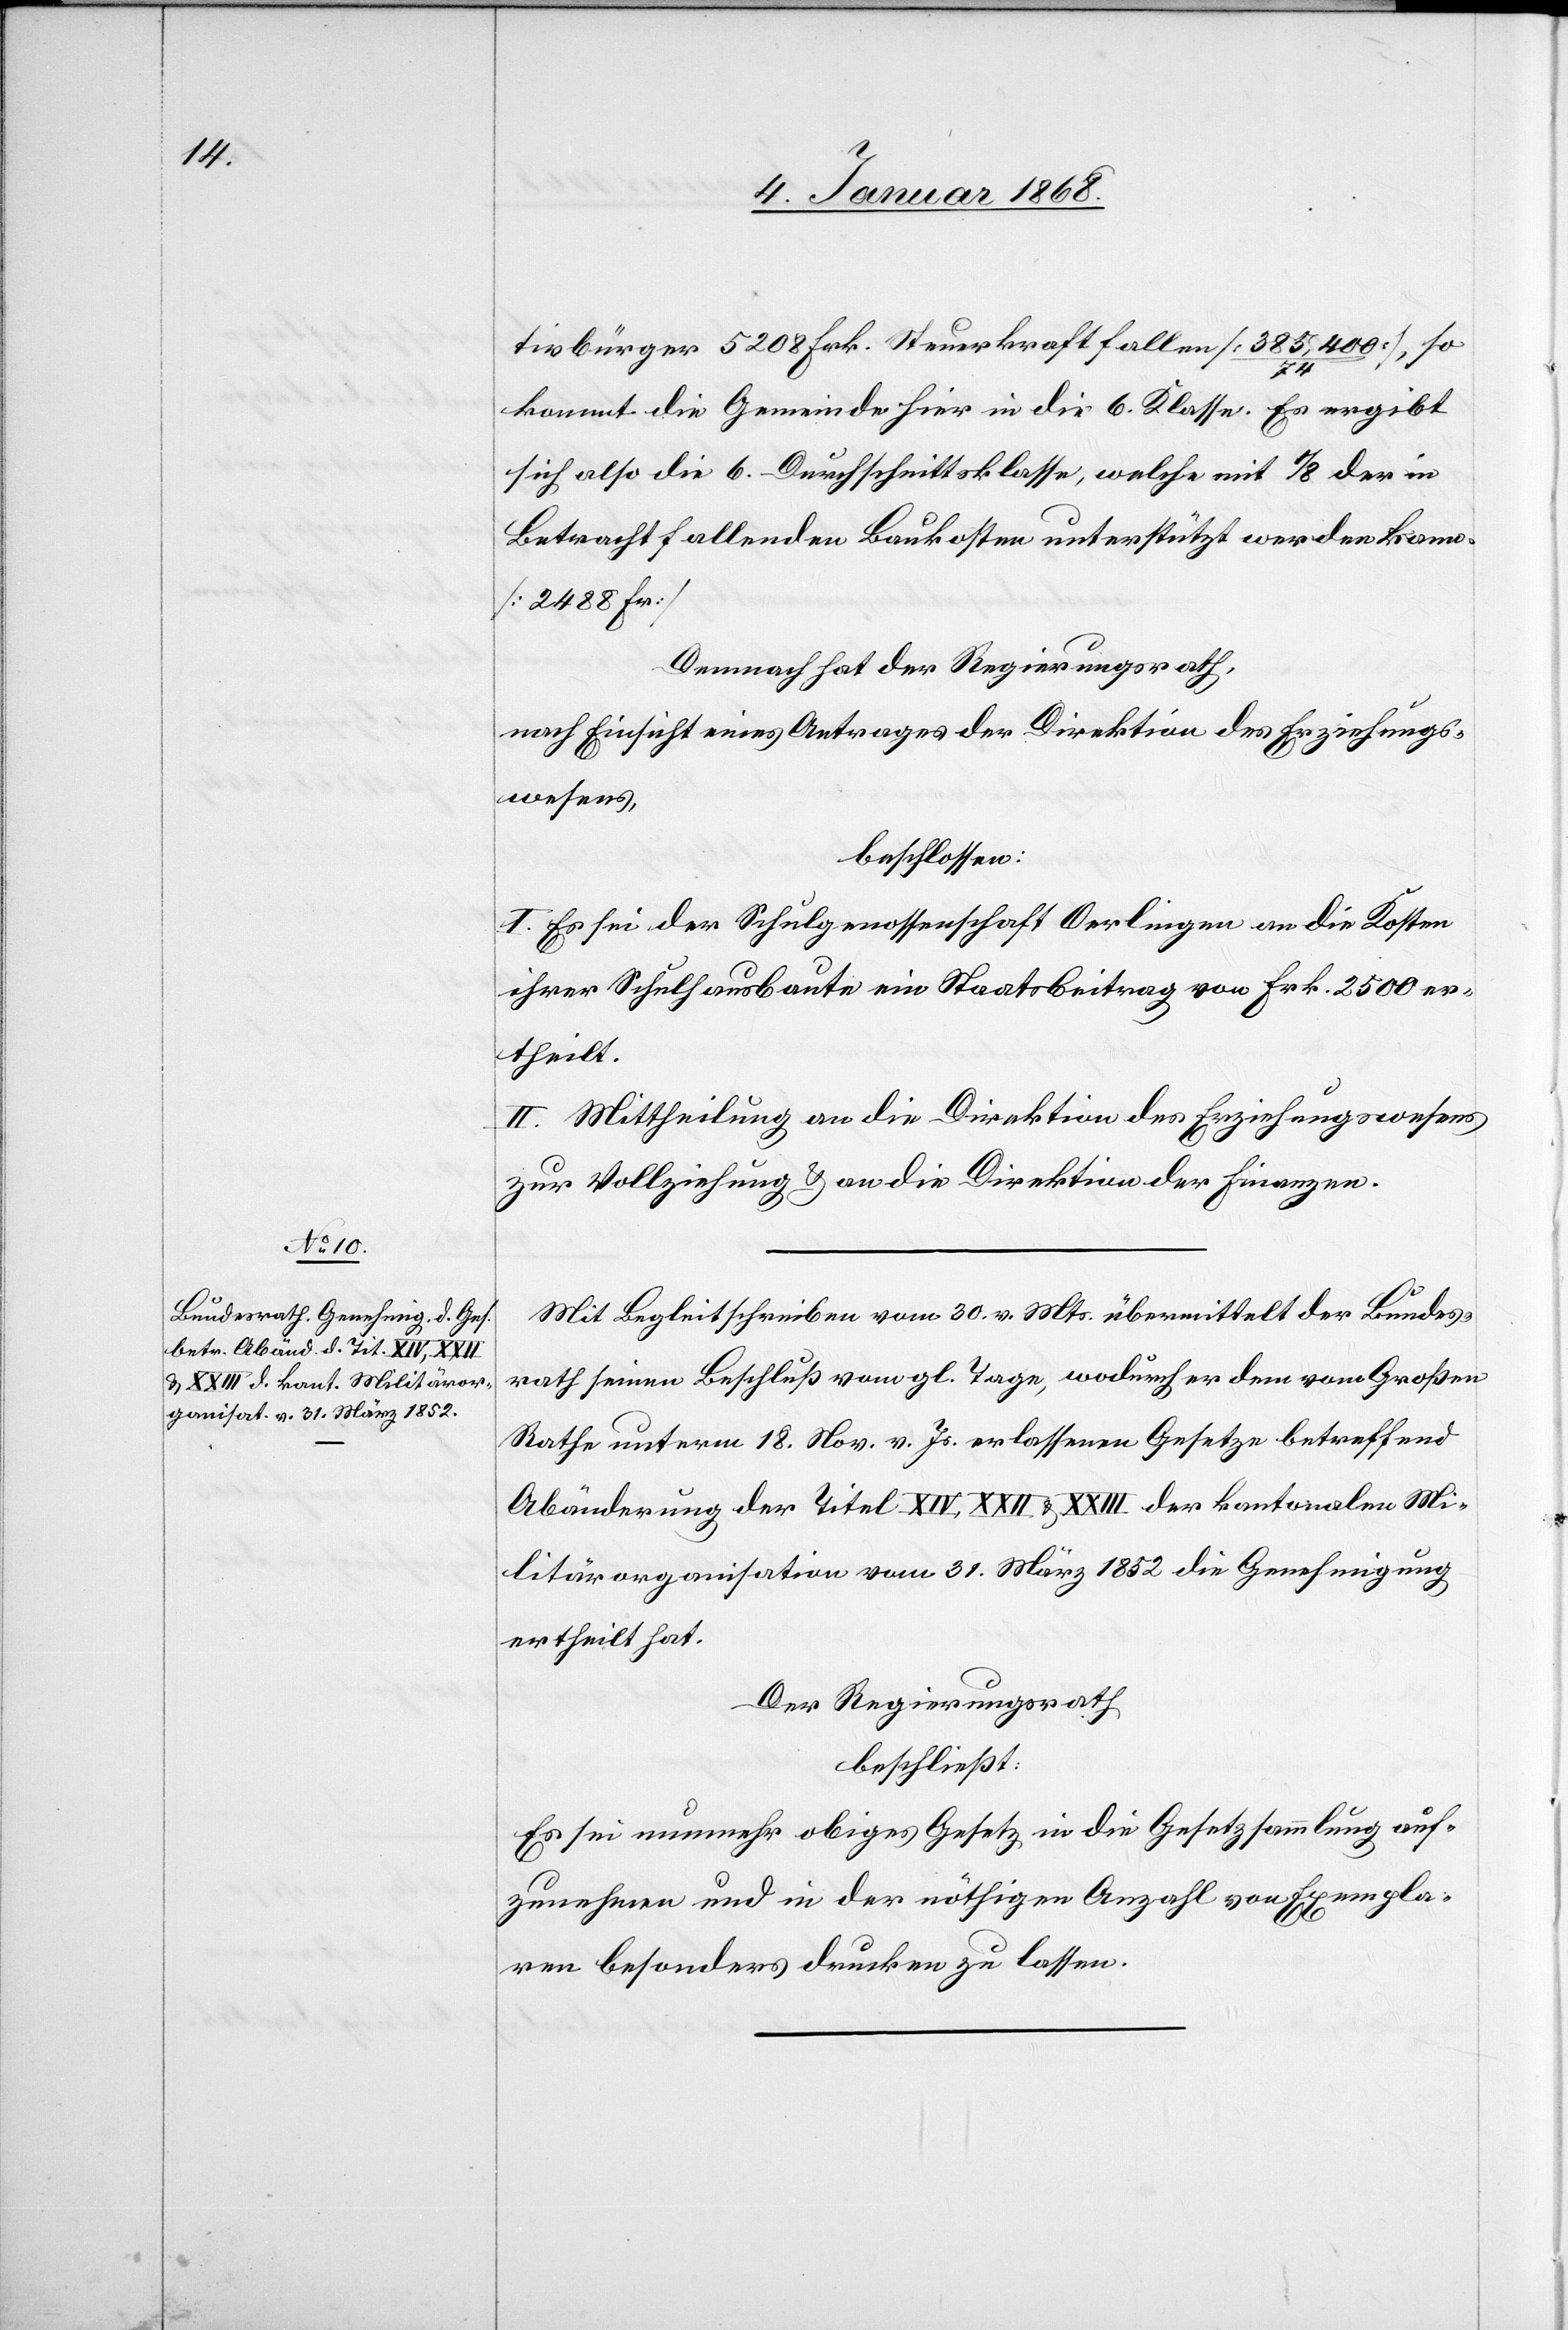
tivbürger 5208 Frk. Steuerkraft fallen [385,400 /
so
kommt die Gemeinde hier in die 6. Klasse. Es ergibt
sich also die 6. Durchschnittsklasse, welche mit 1/8 der in
Betracht fallenden Baukosten unterstützt werden kann.
[2488 Fr]
Demnach hat der Regierungsrath,
nach Einsicht eines Antrages der Direktion des Erziehungs¬
wesens,
beschlossen:
I. Es sei der Schulgenossenschaft Oerlingen an die Kosten
ihrer Schulhausbaute ein Staatsbeitrag von Frk. 2500 er¬
theilt.
II. Mittheilung an die Direktion des Erziehungswesens
zur Vollziehung & an die Direktion der Finanzen.
Mit Begleitschreiben vom 30. v. Mts. übermittelt der Bundes¬
rath seinen Beschluß vom gl. Tage, wodurch er dem vom Großen
Rathe unterm 18. Nov. v. Js. erlassenen Gesetze betreffend
Abänderung der Titel XIV, XXII & XXIII der kantonalen Mi¬
litärorganisation vom 31. März 1852 die Genehmigung
ertheilt hat.
Der Regierungsrath
beschließt:
Es sei nunmehr obiges Gesetz in die Gesetzsammlung auf¬
zunehmen und in der nöthigen Anzahl von Exempla¬
ren besonders drucken zu lassen.